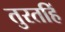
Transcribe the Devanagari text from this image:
तुरतहिं